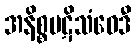
အနိစ္စပဋိသံဝေဒီ